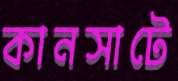
কানসাটে